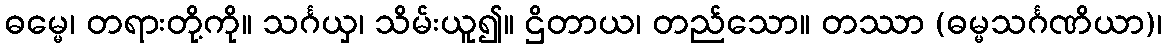
ဓမ္မေ၊ တရားတို့ကို။ သင်္ဂယှ၊ သိမ်းယူ၍။ ဌိတာယ၊ တည်သော။ တဿာ (ဓမ္မသင်္ဂဏိယာ)၊